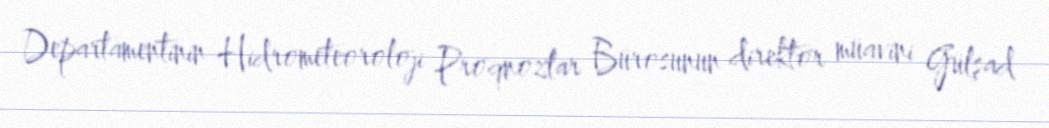
Departamentinin Hidrometeoroloji Proqnozlar Bürosunun direktor müavini Gülşad